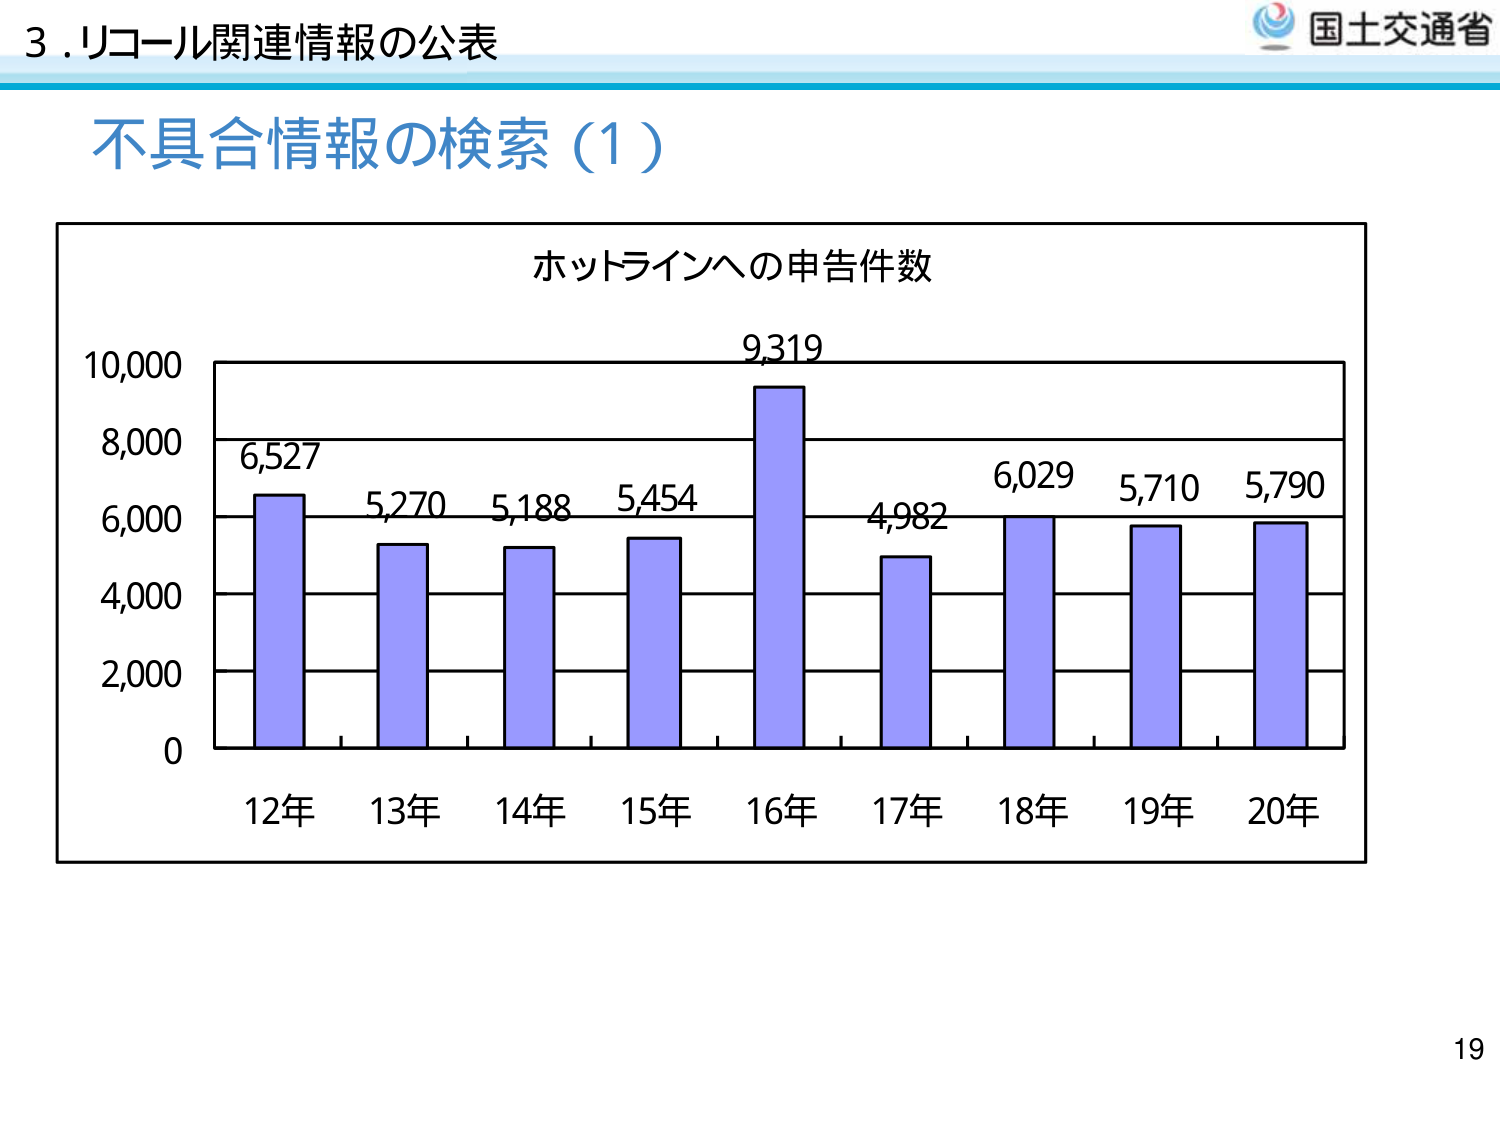
3. リコール関連情報の公表
不具合情報の検索（1）
ホットラインへの申告件数
10,000
8,000
6,000
4,000
2,000
0
12年 13年 14年 15年 16年 17年 18年 19年 20年
6,527
5,270
5,188
5,454
9,319
4,982
6,029
5,710
5,790
国土交通省
19